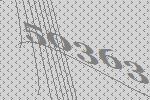
50363